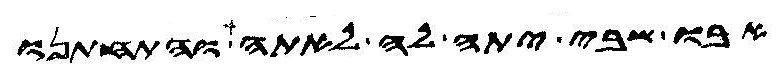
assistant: אבו שבי יתה לה לאתה והתחתנו